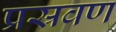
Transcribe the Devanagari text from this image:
प्रस्रवण